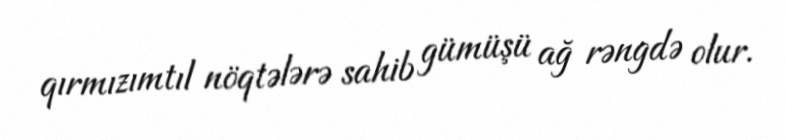
qırmızımtıl nöqtələrə sahib gümüşü ağ rəngdə olur.